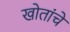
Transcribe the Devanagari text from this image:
खोतांचे